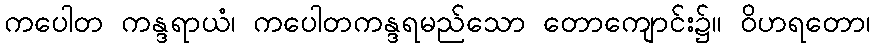
ကပေါတ ကန္ဒရာယံ၊ ကပေါတကန္ဒရမည်သော တောကျောင်း၌။ ဝိဟရတော၊